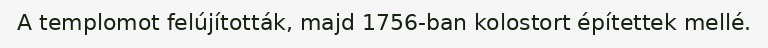
A templomot felújították, majd 1756-ban kolostort építettek mellé.